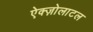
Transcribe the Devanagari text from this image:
ऐक्ज़ोलाटल